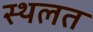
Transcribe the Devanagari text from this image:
स्थलत